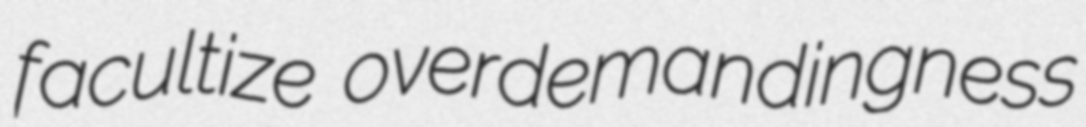
facultize overdemandingness